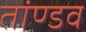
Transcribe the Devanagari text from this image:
तांण्डव